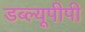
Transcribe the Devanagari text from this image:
डब्ल्यूपीपी